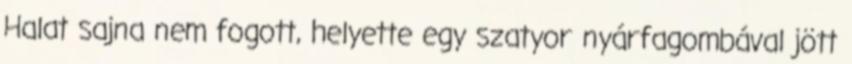
Halat sajna nem fogott, helyette egy szatyor nyárfagombával jött